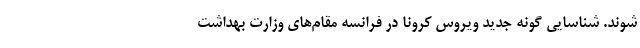
شوند. شناسایی گونه جدید ویروس کرونا در فرانسه مقام‌های وزارت بهداشت